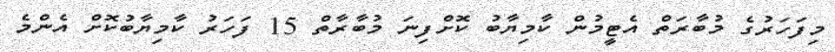
މިފަހަރުގެ މުބާރަތް އެޓީމުން ކާމިޔާބު ކޮށްފިނަ މުބާރާތް 15 ފަހަރު ކާމިޔާބުކޮށް އެންމެ